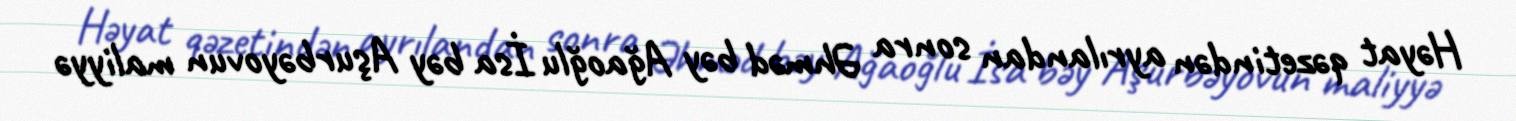
Həyat qəzetindən ayrılandan sonra Əhməd bəy Ağaoğlu İsa bəy Aşurbəyovun maliyyə